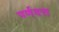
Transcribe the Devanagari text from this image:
पर्णदत्त